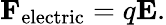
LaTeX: \mathbf{F}_{\mathrm{electric}}=q\mathbf{E}.